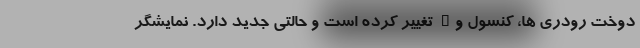
دوخت رودری ها، کنسول و… تغییر کرده است و حالتی جدید دارد. نمایشگر